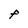
Character: F